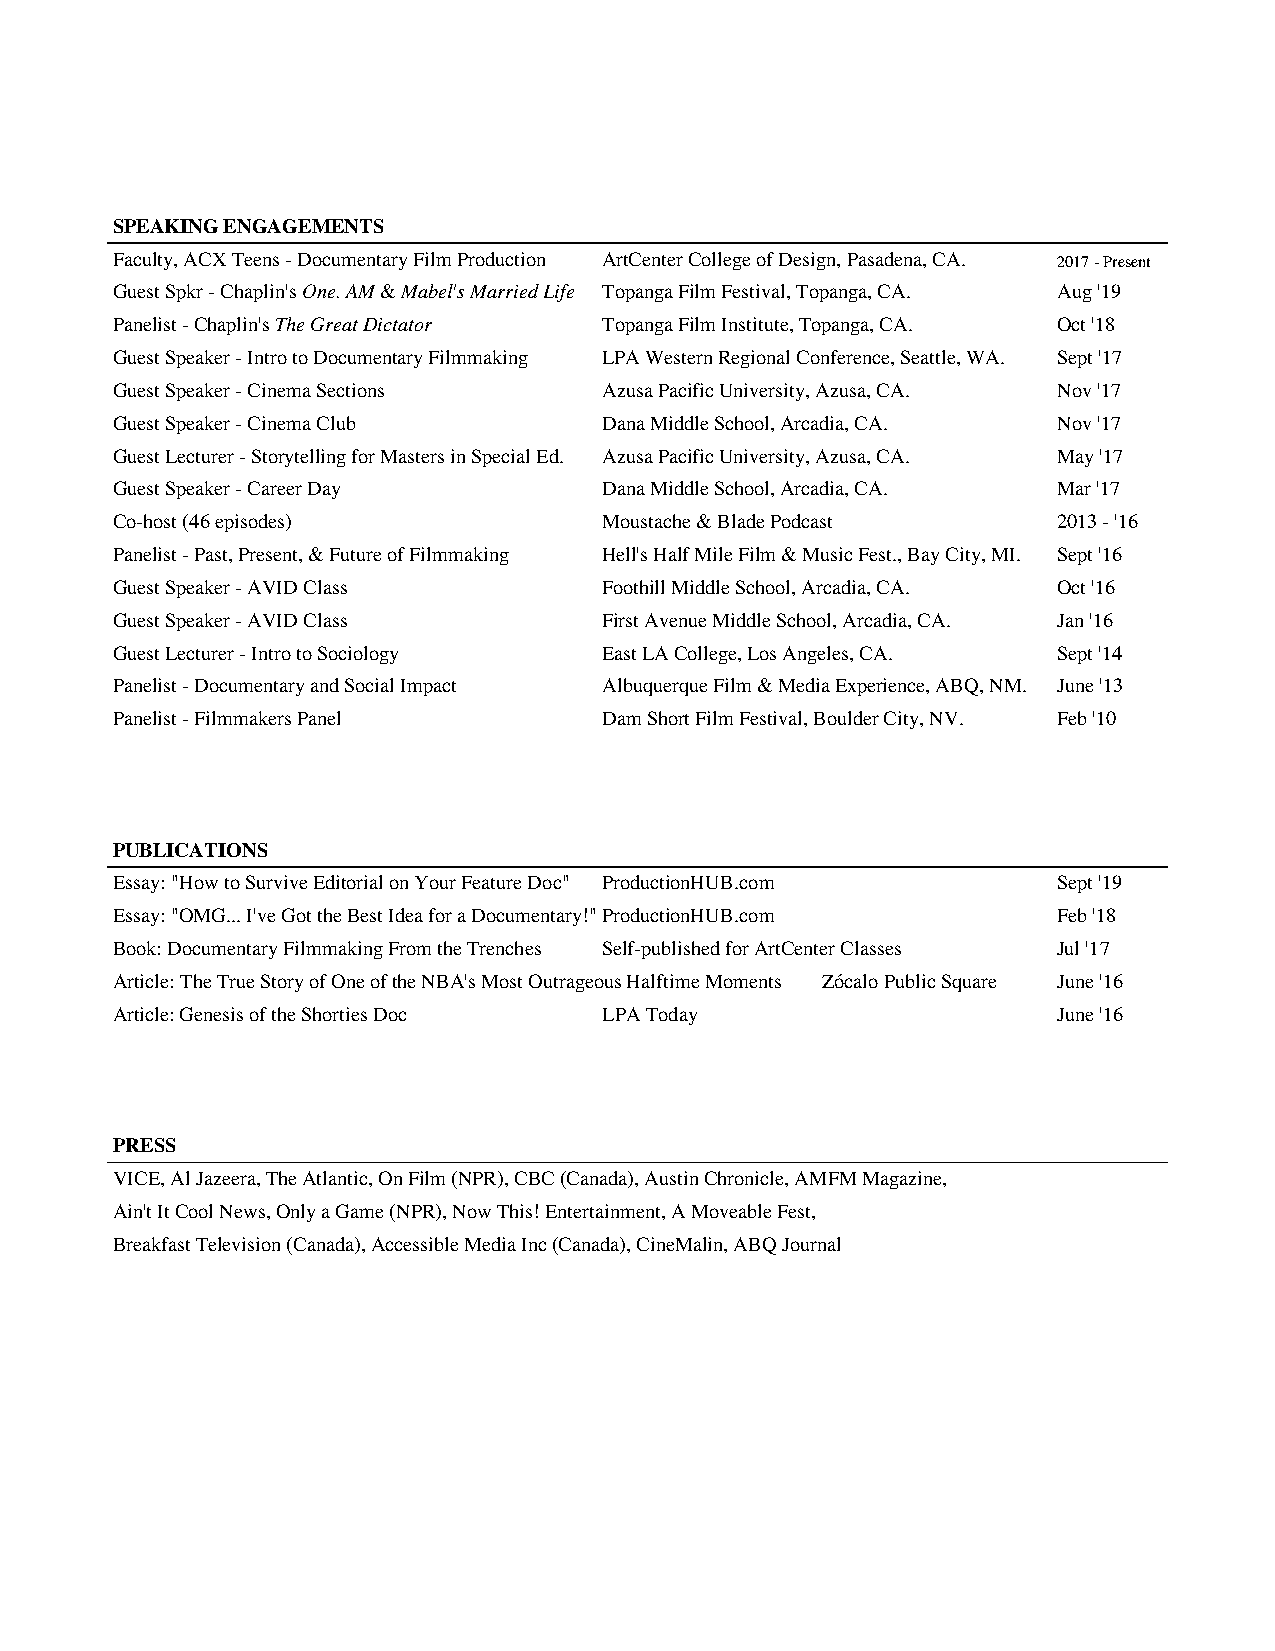
SPEAKING ENGAGEMENTS
 Faculty, ACX Teens - Documentary Film Production ArtCenter College of Design, Pasadena, CA. 2017 - Present
 Guest Spkr - Chaplin's One. AM & Mabel's Married Life Topanga Film Festival, Topanga, CA. Aug '19
 Panelist - Chaplin's The Great Dictator Topanga Film Institute, Topanga, CA. Oct '18
 Guest Speaker - Intro to Documentary Filmmaking LPA Western Regional Conference, Seattle, WA. Sept '17
 Guest Speaker - Cinema Sections Azusa Pacific University, Azusa, CA. Nov '17
 Guest Speaker - Cinema Club     Dana Middle School, Arcadia, CA. Nov '17
 Guest Lecturer - Storytelling for Masters in Special Ed. Azusa Pacific University, Azusa, CA. May '17
 Guest Speaker - Career Day      Dana Middle School, Arcadia, CA. Mar '17
 Co-host (46 episodes)           Moustache & Blade Podcast     2013 - '16
 Panelist - Past, Present, & Future of Filmmaking Hell's Half Mile Film & Music Fest., Bay City, MI. Sept '16
 Guest Speaker - AVID Class      Foothill Middle School, Arcadia, CA. Oct '16
 Guest Speaker - AVID Class      First Avenue Middle School, Arcadia, CA. Jan '16
 Guest Lecturer - Intro to Sociology East LA College, Los Angeles, CA. Sept '14
 Panelist - Documentary and Social Impact Albuquerque Film & Media Experience, ABQ, NM. June '13
 Panelist - Filmmakers Panel     Dam Short Film Festival, Boulder City, NV. Feb '10
 PUBLICATIONS
 Essay: "How to Survive Editorial on Your Feature Doc" ProductionHUB.com Sept '19
 Essay: "OMG... I've Got the Best Idea for a Documentary!"ProductionHUB.com Feb '18
 Book: Documentary Filmmaking From the Trenches Self-published for ArtCenter Classes Jul '17
 Article: The True Story of One of the NBA's Most Outrageous Halftime Moments Zócalo Public Square June '16
 Article: Genesis of the Shorties Doc LPA Today                June '16
 PRESS
 VICE, Al Jazeera, The Atlantic, On Film (NPR), CBC (Canada), Austin Chronicle, AMFM Magazine,
 Ain't It Cool News, Only a Game (NPR), Now This! Entertainment, A Moveable Fest,
 Breakfast Television (Canada), Accessible Media Inc (Canada), CineMalin, ABQ Journal